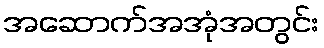
အဆောက်အအုံအတွင်း